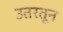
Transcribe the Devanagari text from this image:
उतरतून